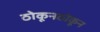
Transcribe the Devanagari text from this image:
ठोकूनठोकून